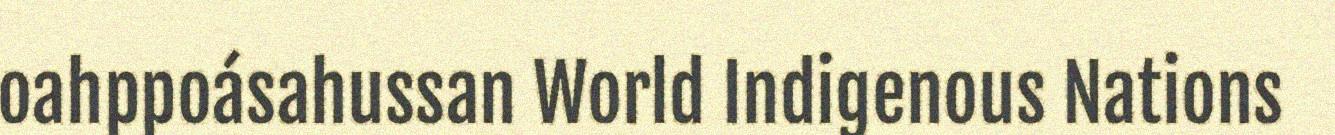
oahppoásahussan World Indigenous Nations